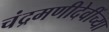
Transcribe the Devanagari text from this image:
चंद्रमणीदेवींच्या